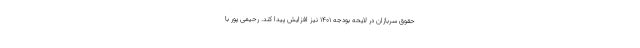
حقوق سربازان در لایحه بودجه ۱۴۰۱ نیز افزایش پیدا کند. رحیمی پور با